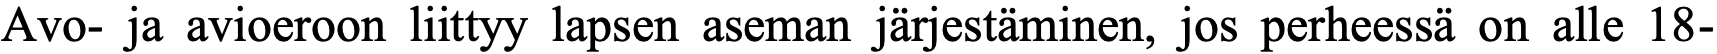
Avo- ja avioeroon liittyy lapsen aseman järjestäminen, jos perheessä on alle 18-